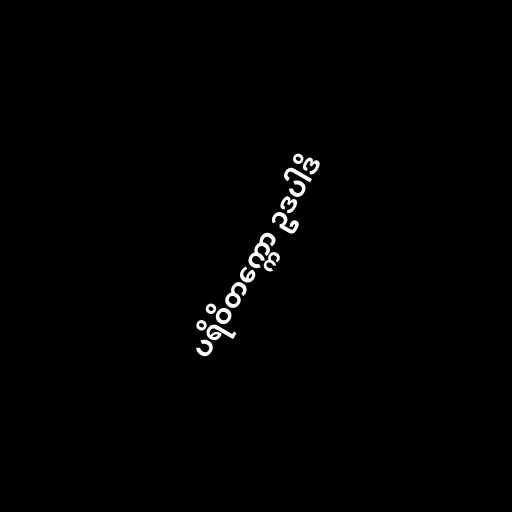
ပရိဝိတက္ကော ဥဒပါဒိ